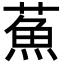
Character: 䔡